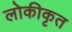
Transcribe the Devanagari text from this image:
लोकीकृत